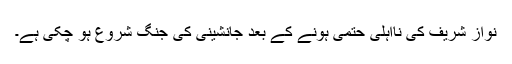
نواز شریف کی نااہلی حتمی ہونے کے بعد جانشینی کی جنگ شروع ہو چکی ہے۔